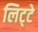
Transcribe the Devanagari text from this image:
लिट्‍टे